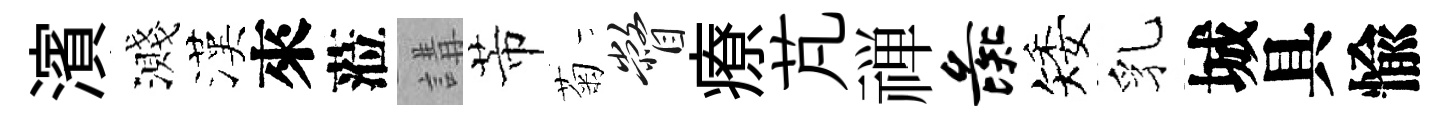
濱濺漢來蒞講芾菊瞥療芃禅彘矮乳城具愉